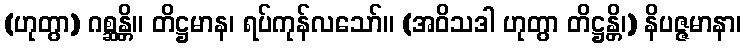
(ဟုတွာ) ဂစ္ဆန္တိ။ တိဋ္ဌမာန၊ ရပ်ကုန်လသော်။ (အဝိသဒါ ဟုတွာ တိဋ္ဌန္တိ၊) နိပဇ္ဇမာနာ၊